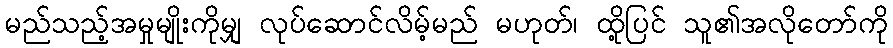
မည်သည့်အမှုမျိုးကိုမျှ လုပ်ဆောင်လိမ့်မည် မဟုတ်၊ ထို့ပြင် သူ၏အလိုတော်ကို